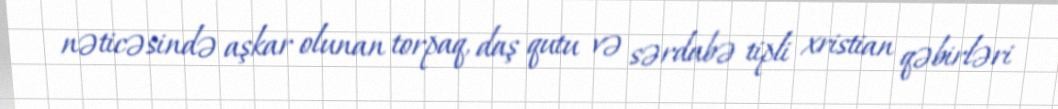
nəticəsində aşkar olunan torpaq, daş qutu və sərdabə tipli xristian qəbirləri